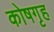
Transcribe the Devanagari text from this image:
कोषगृह